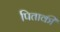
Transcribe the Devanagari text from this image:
पिताकी